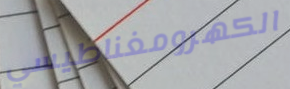
الكهرومغناطيسي